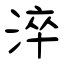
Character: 淬